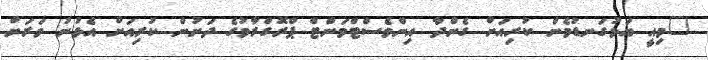
"މިއީ އަޅުގަނޑުމެން ކުރިއަށް ގެންދާ އިންވެސްޓްމަންޓް ޕްރޮގްރާމުގެ ދަށުން ކުރިއަށް އެޅުނު ވަރަށް